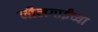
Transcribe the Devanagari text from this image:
नीलगाईंच्या